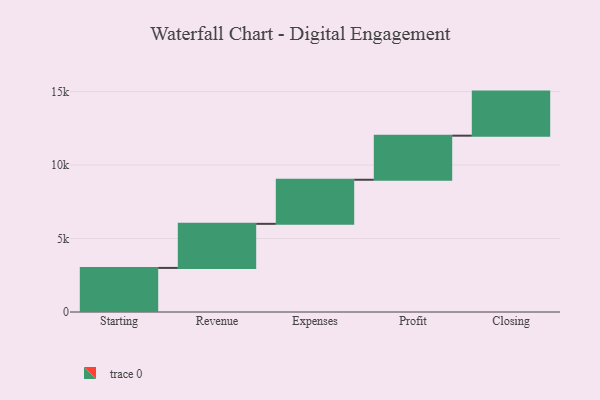
{"axis": {"x": "Step", "y": "Value"}, "legend": [""], "data": [{"x": "Starting", "y": 3000, "type": ""}, {"x": "Revenue", "y": 3000, "type": ""}, {"x": "Expenses", "y": 3000, "type": ""}, {"x": "Profit", "y": 3000, "type": ""}, {"x": "Closing", "y": 3000, "type": ""}]}